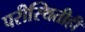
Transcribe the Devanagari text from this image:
परीस्थितीही